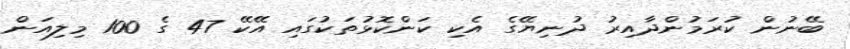
ބޭނުން ކުރަމުންދާއިރު ދުނިޔޭގެ އެކި ކަންކޮޅުތަކުގައި އޭކޭ 47 ގެ 100 މިލިއަން